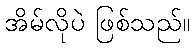
အိမ်လိုပဲ ဖြစ်သည်။